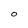
Character: O